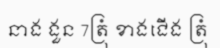
នាង ងួន 7ត្រុំ ខាងជើង ត្រុំ